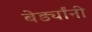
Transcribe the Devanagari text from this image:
बेर्ड्यांनी